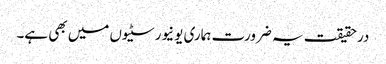
درحقیقت یہ ضرورت ہماری یونیورسٹیوں میں بھی ہے۔